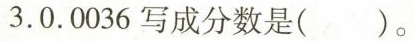
3.0.0036写成分数是()。